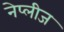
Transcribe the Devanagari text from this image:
नेप्लीज